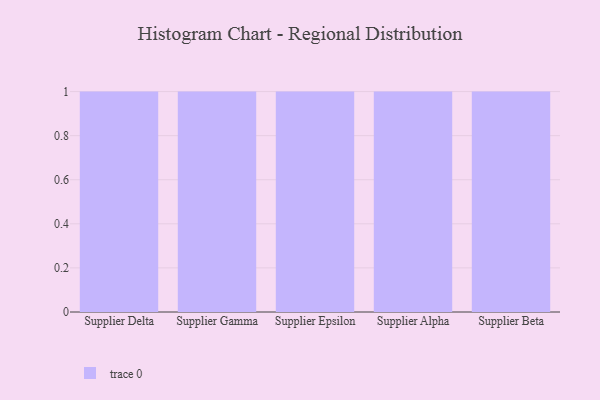
{"axis": {"x": "Supplier", "y": "Budget (USD K)"}, "legend": [""], "data": [{"x": "Supplier Delta", "y": 75, "type": ""}, {"x": "Supplier Gamma", "y": 32, "type": ""}, {"x": "Supplier Epsilon", "y": 39, "type": ""}, {"x": "Supplier Alpha", "y": 74, "type": ""}, {"x": "Supplier Beta", "y": 86, "type": ""}]}